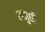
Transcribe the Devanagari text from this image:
शंमुघी